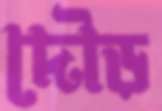
দৌড়